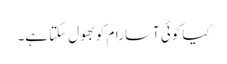
کیا کوئی آسا رام کو بھول سکتا ہے۔